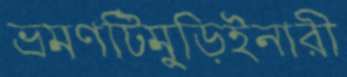
ভ্রমণটিমুড়িইনারী